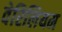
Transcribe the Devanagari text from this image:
वेरिलियम